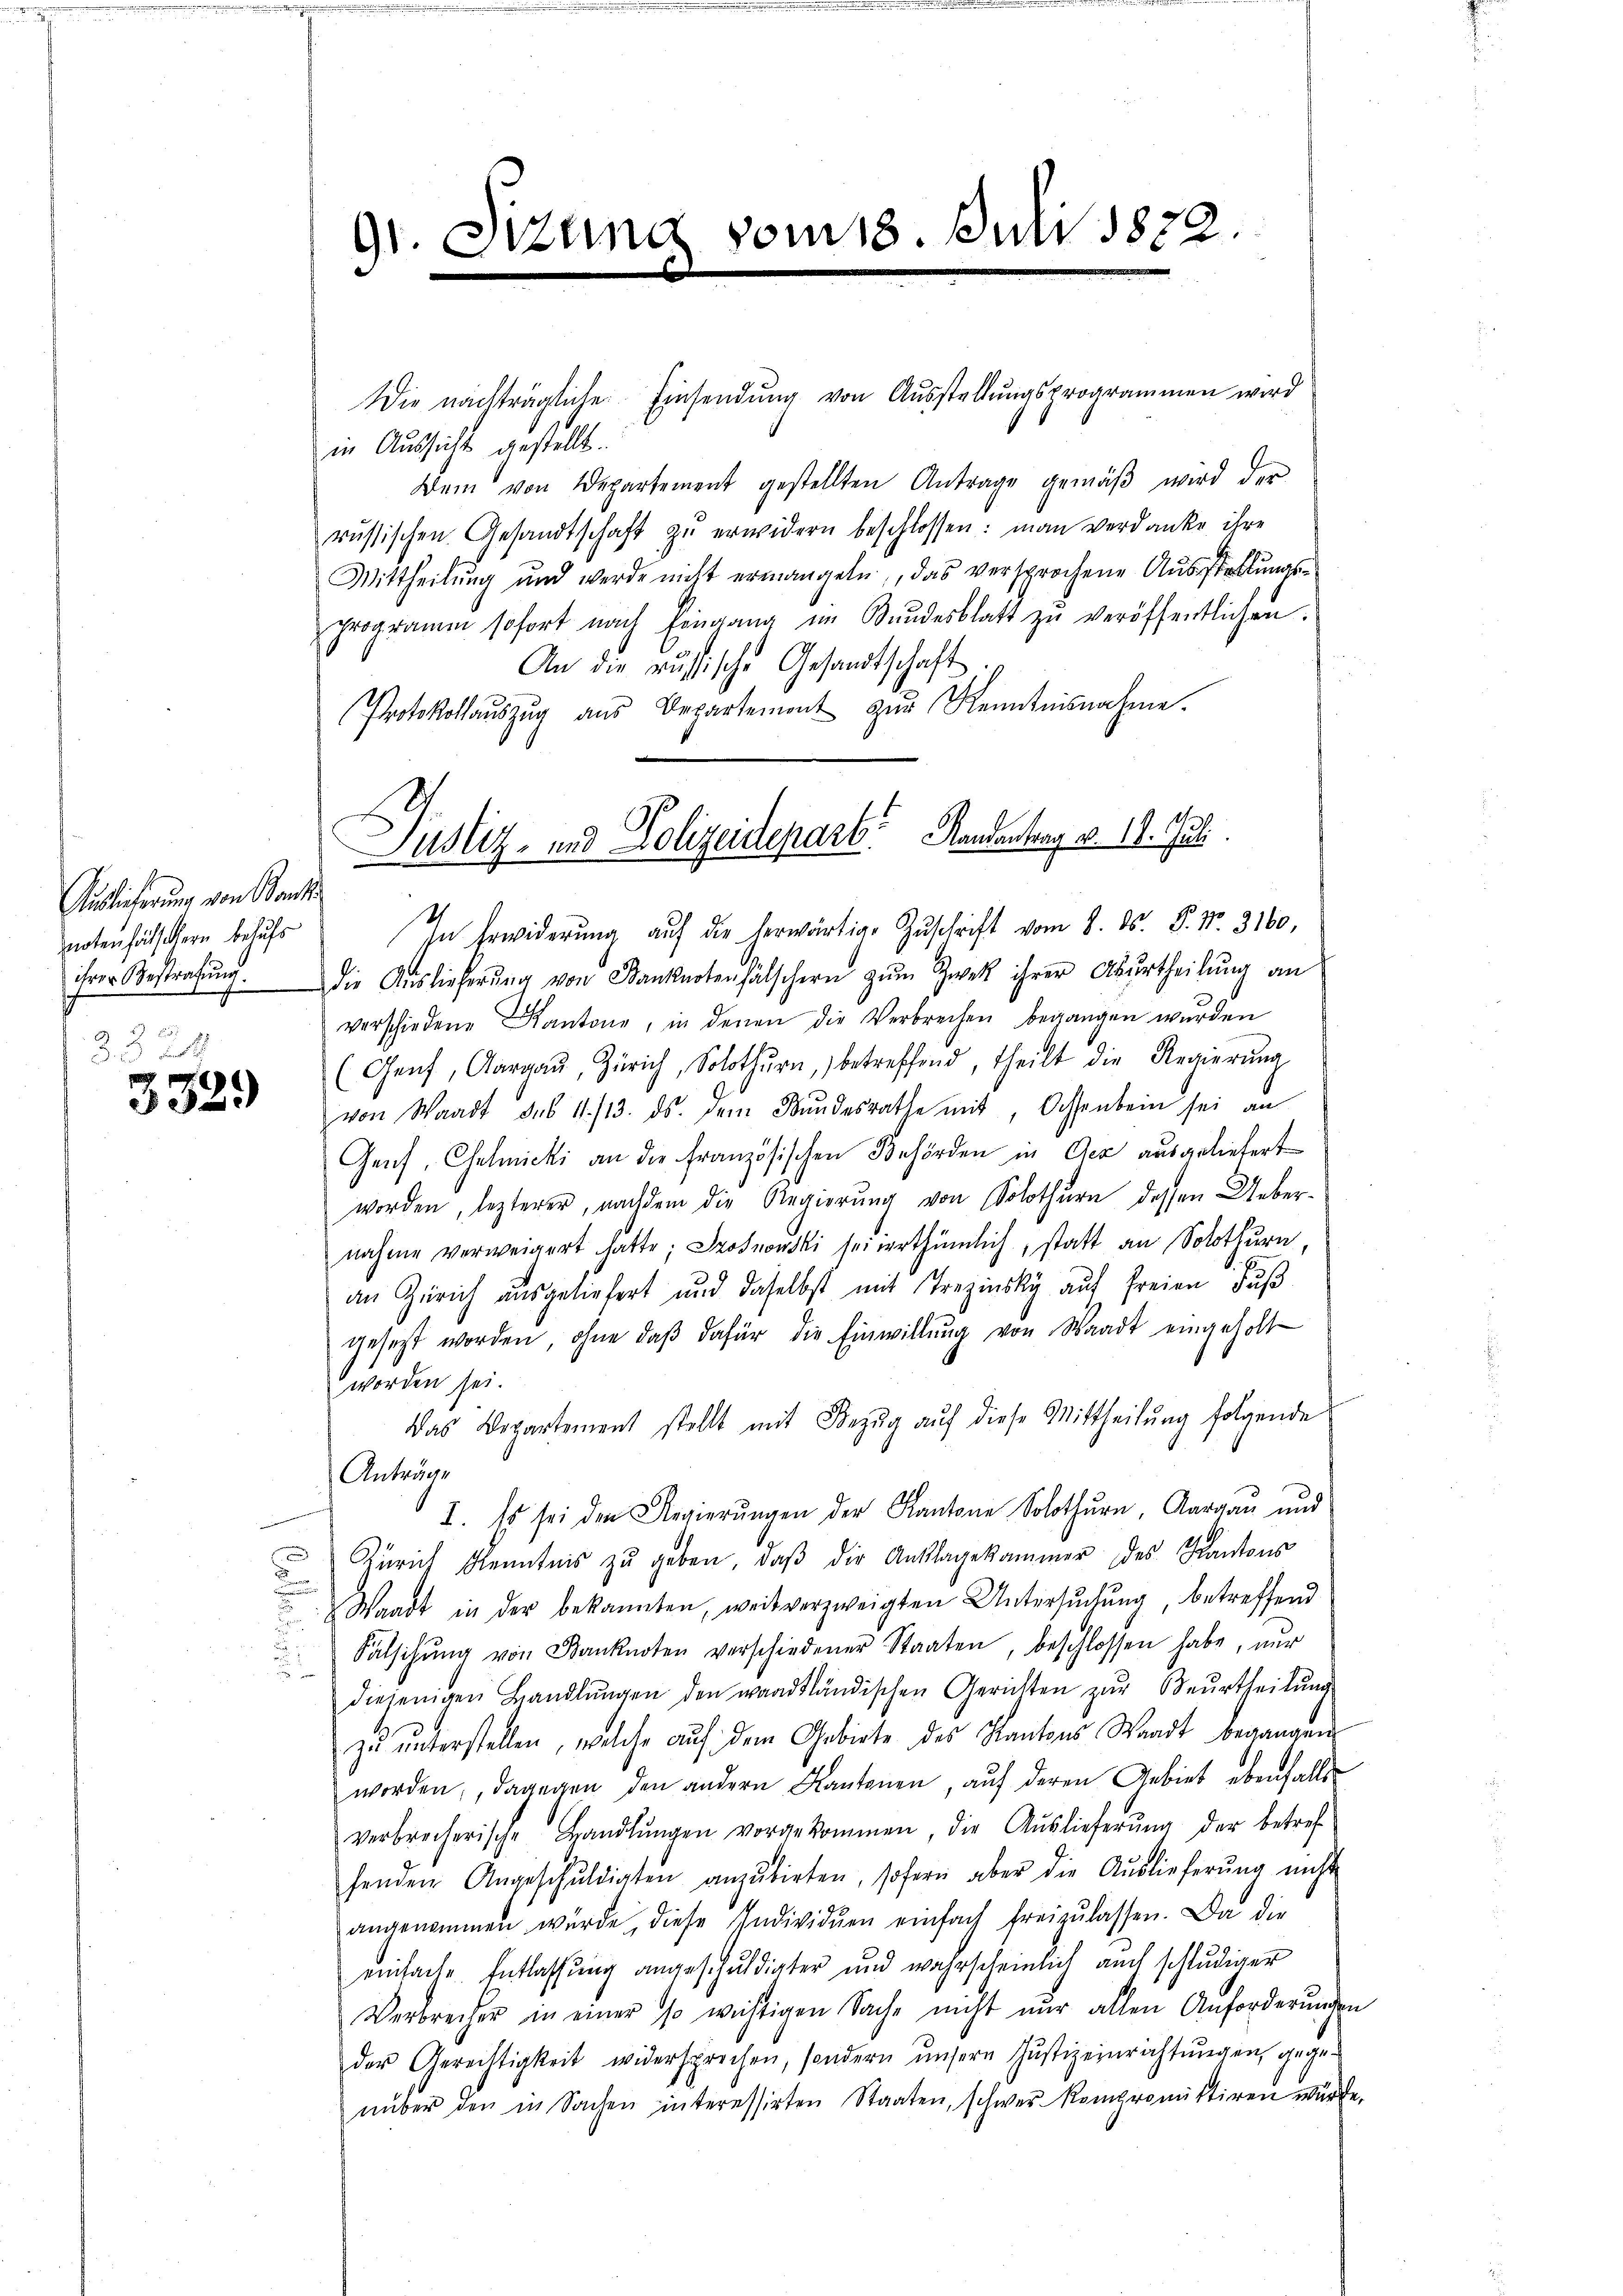
Auslieferung von Bank
notenfälschern behufs
ihrer Bestrafung.
 2
2
d. 2 d

3329

Die nachträgliche Einsendung von Ausstellungsprogrammen wird
in Aussicht gestellt.
Dein von Departement gestellten Antrage gemäβ wird der
russischen Gesandtschaft zu erwidern beschlossen: man verdanke ihre
Mittheilung und werde nicht ermangeln, das versprochene Ausstellungsprogramm sofort nach Eingang im Bundesblatt zŭ veröffentlichen
An die russische Gesandtschaft
Protokollaŭszŭg aŭs Departement zŭr Kenntnisnahme.
In Erwiderung auf die herwärtige Zuschrift vom 8. ds. P. Nr. 3160,
die Auslieferung von Banknotenfälschern zum Zwek ihrer Aburtheilung an
verschiedene Kantone, in denen die Verbrechen begangen wurden
(Genf, Aargaŭ, Zürich, Solothurn, betreffend, theilt die Regierŭng
von Waadt des 11./13. ds. dem Bŭndesrathe mit, Ochsenbein sei an
Genf, Chelmicki an die französischen Behörden in Oer ausgeliefert
worden, lezterer, nachdem die Regierung von Solothurn, dessen Uebernahme verweigert hatte; Sosnowski sei irrthümlich, statt an Solothurn,
an Zürich ausgeliefert und daselbst mit Trezinsky auf freien Fuß
gesetzt worden, ohne daβ dafür die Einwillŭng von Waadt eingeholt
worden sei.
Das Departement stellt mit Bezŭg aŭf diese Mittheilŭng folgende
Anträge
I. Es sei den Regierungen der Kantone Solothurn, Aargau und
Zürich Kenntnis zŭ geben, daβ die Anklagekammer des Kantons
n
 Waadt in der bekannten, weit verzweigten Untersŭchŭng, betreffend
Falschŭng von Banknoten verschiedener Staaten, beschlossen habe, nur
diejenigen Handlŭngen den waadtländischen Gerichten zŭr Beurtheilŭng
zŭ ŭnterstellen, welche aŭf dem Gebiete des Kantons Waadt begangen
worden, dagegen den andern Kantonen, auf deren Gebiet ebenfalls
verbrecherische Handlŭngen vorgekommen, die Aŭslieferŭng der betref-
fenden Angeschŭldigten anzŭbirten, sofern aber die Aŭslieferŭng nicht
angenommen würde, diese Individuen einfach freizŭlassen. Da die
einfache Entlassung angeschuldigter und wahrscheinlich auch schlŭdiger
Verbrecher in einer so wichtigen Sache nicht nur allen Anforderungen
der Gerechtigkeit widersprochen, sondern unsere Justizeinrichtŭngen, gege-
nüber den in Sachen interessirten Staaten, schwer kompromistiren würde.

9

uung

¬

18. Juli 1822.

Justiz- und Polizeidepart Randantrag v. 18. Juli.